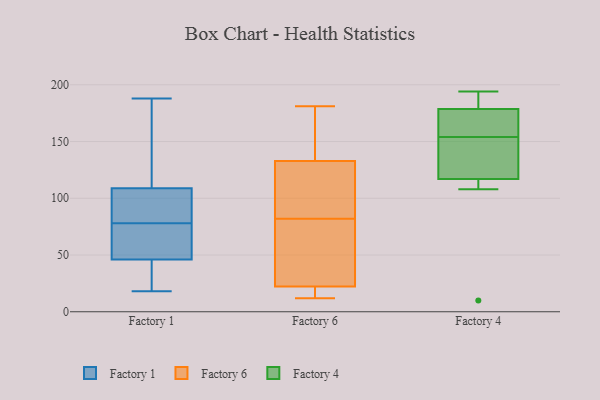
{"axis": {"x": "LTV (USD)", "y": "Value"}, "legend": ["Factory 1", "Factory 4", "Factory 6"], "data": [{"x": "", "y": 57, "type": "Factory 1"}, {"x": "", "y": 188, "type": "Factory 1"}, {"x": "", "y": 34, "type": "Factory 1"}, {"x": "", "y": 45, "type": "Factory 1"}, {"x": "", "y": 114, "type": "Factory 1"}, {"x": "", "y": 18, "type": "Factory 1"}, {"x": "", "y": 102, "type": "Factory 1"}, {"x": "", "y": 38, "type": "Factory 1"}, {"x": "", "y": 88, "type": "Factory 1"}, {"x": "", "y": 49, "type": "Factory 1"}, {"x": "", "y": 91, "type": "Factory 1"}, {"x": "", "y": 78, "type": "Factory 1"}, {"x": "", "y": 54, "type": "Factory 1"}, {"x": "", "y": 111, "type": "Factory 1"}, {"x": "", "y": 127, "type": "Factory 1"}, {"x": "", "y": 14, "type": "Factory 6"}, {"x": "", "y": 88, "type": "Factory 6"}, {"x": "", "y": 82, "type": "Factory 6"}, {"x": "", "y": 134, "type": "Factory 6"}, {"x": "", "y": 77, "type": "Factory 6"}, {"x": "", "y": 181, "type": "Factory 6"}, {"x": "", "y": 12, "type": "Factory 6"}, {"x": "", "y": 154, "type": "Factory 6"}, {"x": "", "y": 141, "type": "Factory 6"}, {"x": "", "y": 143, "type": "Factory 6"}, {"x": "", "y": 83, "type": "Factory 6"}, {"x": "", "y": 102, "type": "Factory 6"}, {"x": "", "y": 29, "type": "Factory 6"}, {"x": "", "y": 15, "type": "Factory 6"}, {"x": "", "y": 19, "type": "Factory 6"}, {"x": "", "y": 37, "type": "Factory 6"}, {"x": "", "y": 20, "type": "Factory 6"}, {"x": "", "y": 35, "type": "Factory 6"}, {"x": "", "y": 129, "type": "Factory 6"}, {"x": "", "y": 167, "type": "Factory 4"}, {"x": "", "y": 138, "type": "Factory 4"}, {"x": "", "y": 108, "type": "Factory 4"}, {"x": "", "y": 181, "type": "Factory 4"}, {"x": "", "y": 172, "type": "Factory 4"}, {"x": "", "y": 184, "type": "Factory 4"}, {"x": "", "y": 194, "type": "Factory 4"}, {"x": "", "y": 154, "type": "Factory 4"}, {"x": "", "y": 145, "type": "Factory 4"}, {"x": "", "y": 110, "type": "Factory 4"}, {"x": "", "y": 10, "type": "Factory 4"}]}